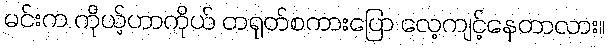
မင်းက ကိုယ့်ဟာကိုယ် တရုတ်စကားပြော လေ့ကျင့်နေတာလား။